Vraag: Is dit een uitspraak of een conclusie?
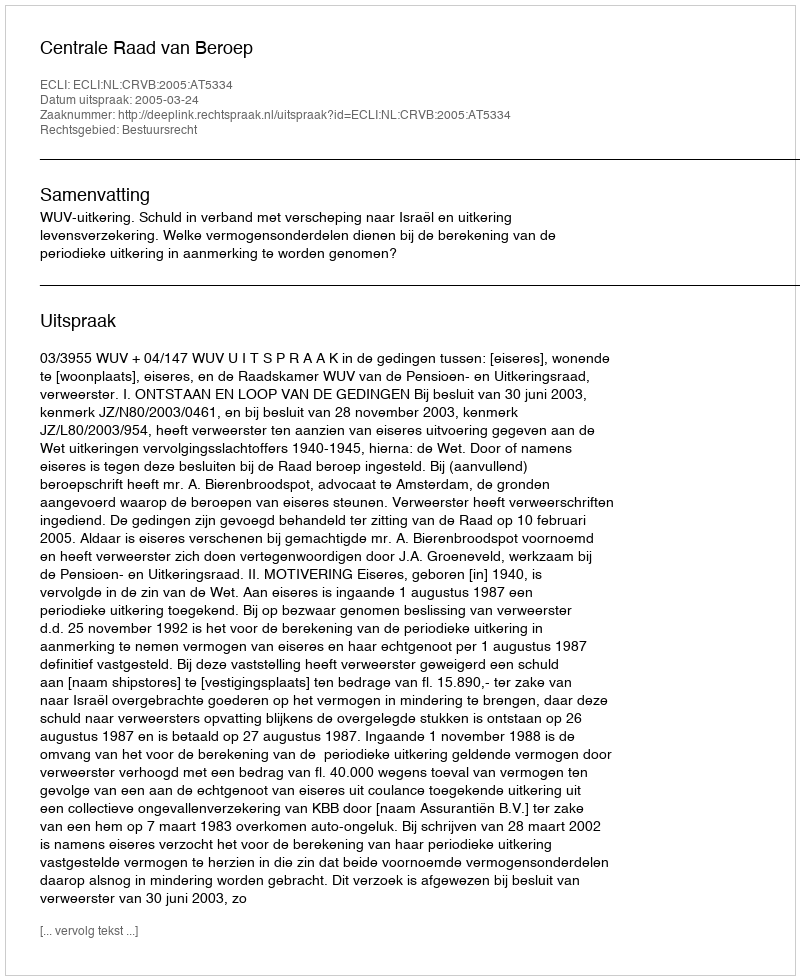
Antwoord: Uitspraak